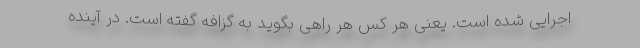
اجرایی شده است. یعنی هر کس هر راهی بگوید به گزافه گفته است. در آینده